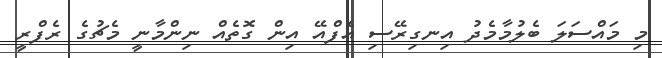
މި މައްސަަލަ ބެލުމާމެދު އިނގިރޭސި އެފްއޭ އިން ގޮތެއް ނިންމާނީ މެޗުގެ ރެފްރީ